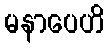
မနာပေဟိ